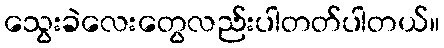
သွေးခဲလေးတွေလည်းပါတတ်ပါတယ်။